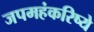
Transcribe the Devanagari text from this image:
जपमहंकरिष्ये